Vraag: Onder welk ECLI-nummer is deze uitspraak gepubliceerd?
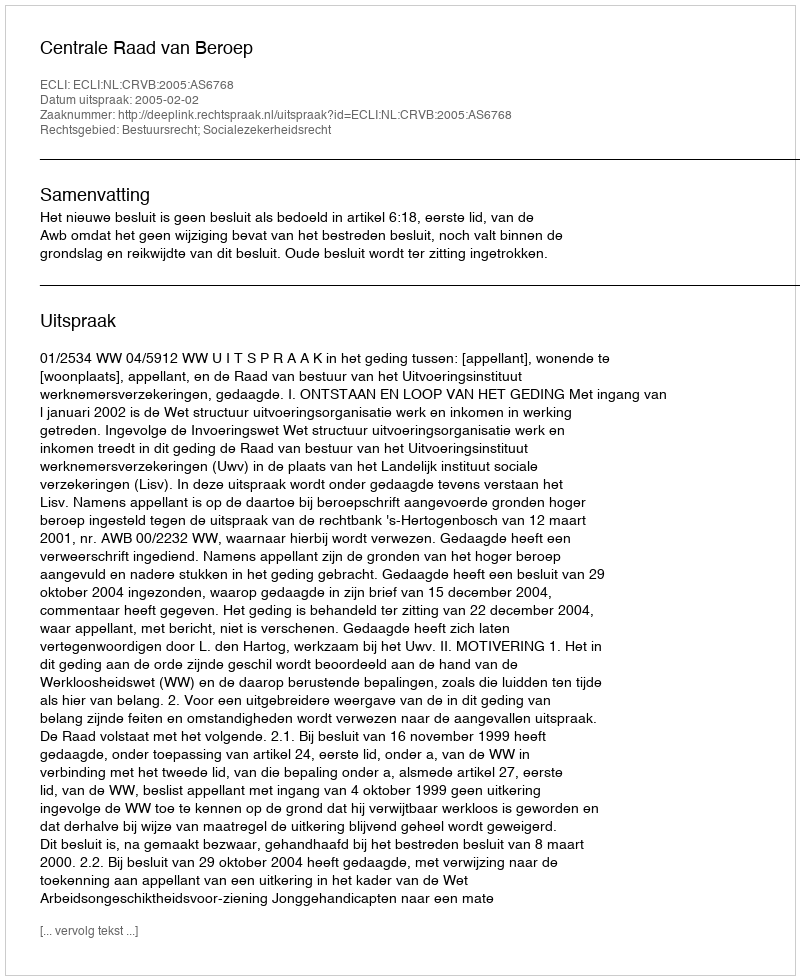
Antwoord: ECLI:NL:CRVB:2005:AS6768